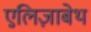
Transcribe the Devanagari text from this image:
एलि़ज़ाबेथ